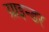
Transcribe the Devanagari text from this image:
ग्राइन्डर